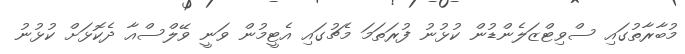
މުބާރާތުގައި ސްވިޓްޒަލެންޑުން ކުޅުނު ފުރަތަމަ މެޗުގައި އެޓީމުން ވަނީ ވޭލްސްއާ ދެކޮޅަށް ކުޅުނު